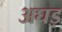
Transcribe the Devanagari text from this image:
अघड़